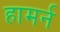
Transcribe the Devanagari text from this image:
हामर्न